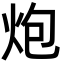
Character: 炮